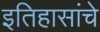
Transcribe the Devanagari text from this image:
इतिहासांचे